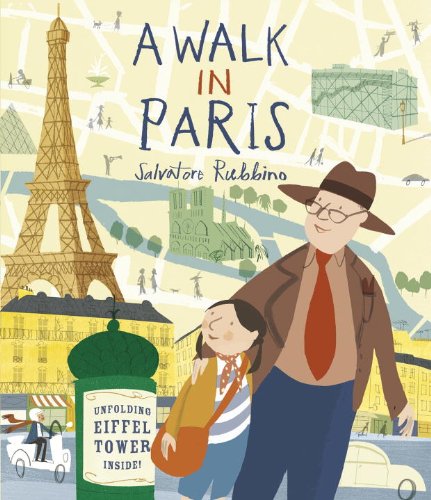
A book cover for A Walk in Paris; Salvatore Rubbino; Children's Books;